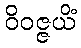
ဝိဝဇ္ဇယိံ